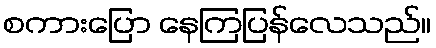
စကားပြော နေကြပြန်လေသည်။